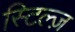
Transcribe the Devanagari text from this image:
स्टिल्ज़